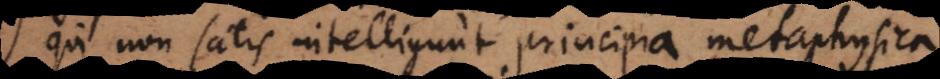
Qui non satis intelligunt principia metaphysica